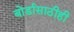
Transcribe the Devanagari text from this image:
बोर्डासाठीही